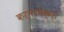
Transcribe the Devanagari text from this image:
करारापेक्षा